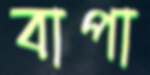
বাপা